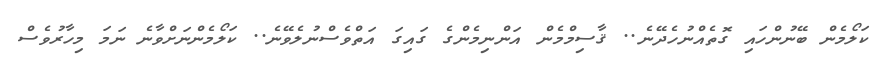
ކަލޯމެން ބޭނުންހައި ގޮތެއްނުހެދޭނެ.. ޤާސިމްމެން އަންނިމެންގެ ގައިގަ އަތްވެސްނުލެވޭނެ.. ކަލޯމެންނަށްވާނެ ނަމަ މިހާރުވެސް